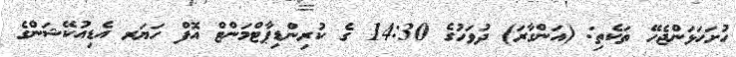
ހުށަހަޅަންޖެހޭ ތަކެތި: (އަންގާރަ) ދުވަހުގެ 14:30 ގެ ކުރިންޑިޕާޓްމަންޓް އޮފް ހަޔަރ އެޑިއުކޭޝަންގެ